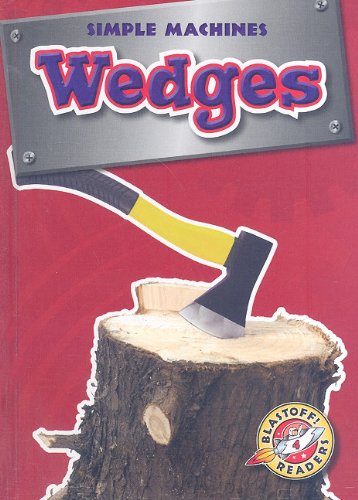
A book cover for Wedges (Blastoff! Readers: Simple Machines) (Blastoff Readers. Level 4); Kay Manolis; Children's Books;